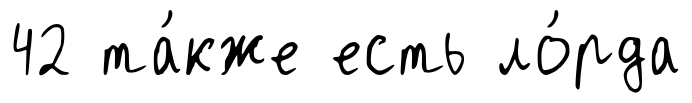
42 та́кже есть ло́рда